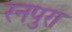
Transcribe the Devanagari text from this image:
रनपुरा